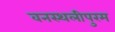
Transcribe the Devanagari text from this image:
वनस्थलीपुरम